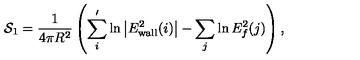
{ \cal S } _ { 1 } = \frac { 1 } { 4 \pi R ^ { 2 } } \left( \sum _ { i } ^ { \prime } \ln \left| E _ { \mathrm { w a l l } } ^ { 2 } ( i ) \right| - \sum _ { j } \ln E _ { f } ^ { 2 } ( j ) \right) ,